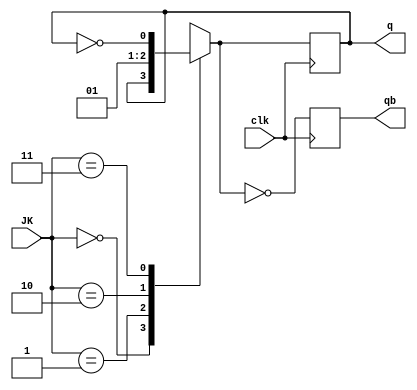
`timescale 1ns / 1ps
//////////////////////////////////////////////////////////////////////////////////
// Company: 
// Engineer: 
// 
// Design Name: 
// Module Name:    jk_case 
// Project Name: 
// Target Devices: 
// Tool versions: 
// Description: 
//
// Dependencies: 
//
// Revision: 
// Revision 0.01 - File Created
// Additional Comments: 
//
//////////////////////////////////////////////////////////////////////////////////
module JK_FF (JK, clk, q, qb);
input [1:0] JK;
input clk;
output q, qb;
reg q, qb;
always @ (posedge clk) begin
	case (JK)
		2'd0 : q = q;
		2'd1 : q = 0;
		2'd2 : q = 1;
		2'd3 : q =~ q;
	endcase
	qb =~ q;
end
endmodule